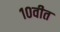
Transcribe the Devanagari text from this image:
१०वीत